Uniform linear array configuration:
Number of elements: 48
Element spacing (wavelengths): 0.75
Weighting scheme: cosine
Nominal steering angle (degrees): -60
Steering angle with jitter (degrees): -59.763
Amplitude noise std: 0.05
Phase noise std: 0.05

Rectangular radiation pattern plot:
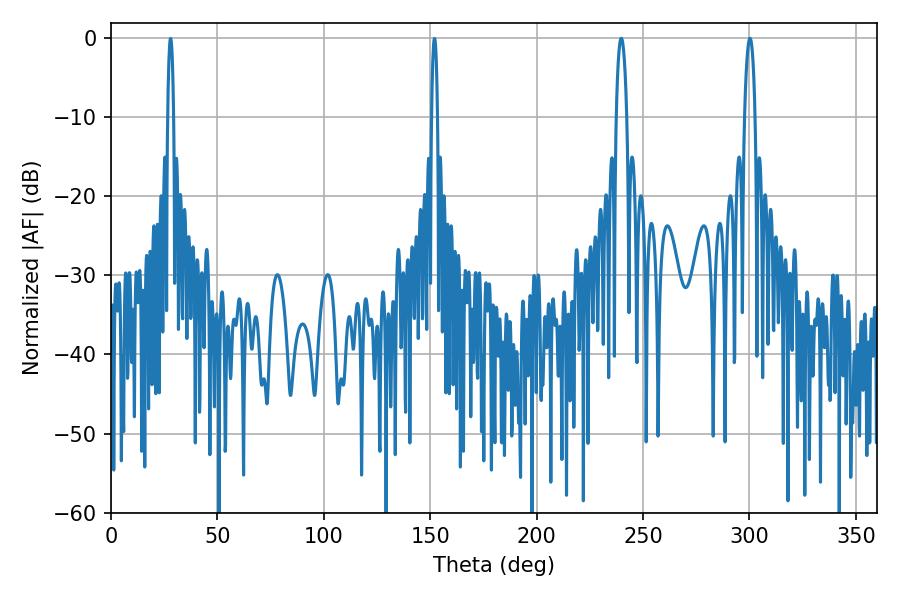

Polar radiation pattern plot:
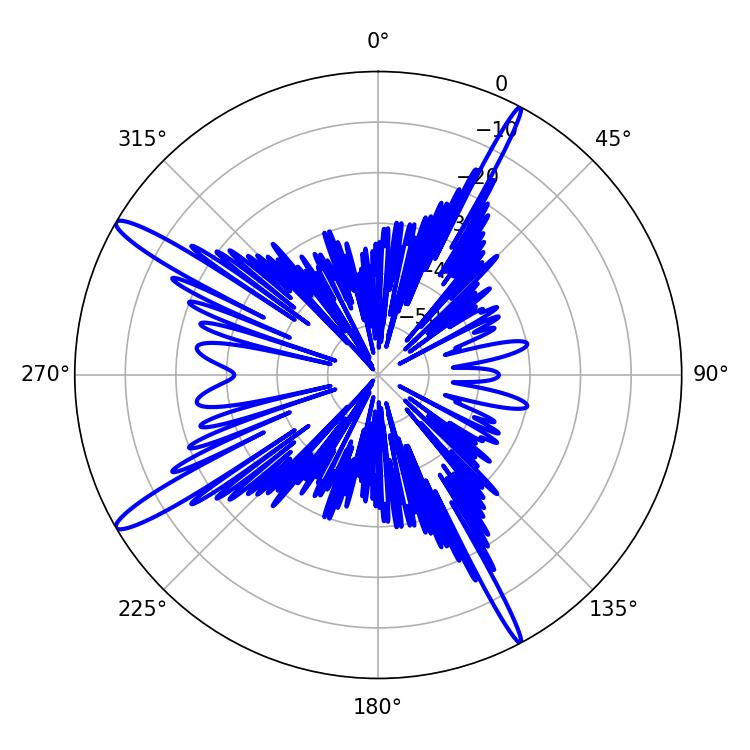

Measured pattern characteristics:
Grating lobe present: TRUE
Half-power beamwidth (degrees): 2.7
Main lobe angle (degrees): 239.76